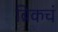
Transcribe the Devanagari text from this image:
ब्रिकचं